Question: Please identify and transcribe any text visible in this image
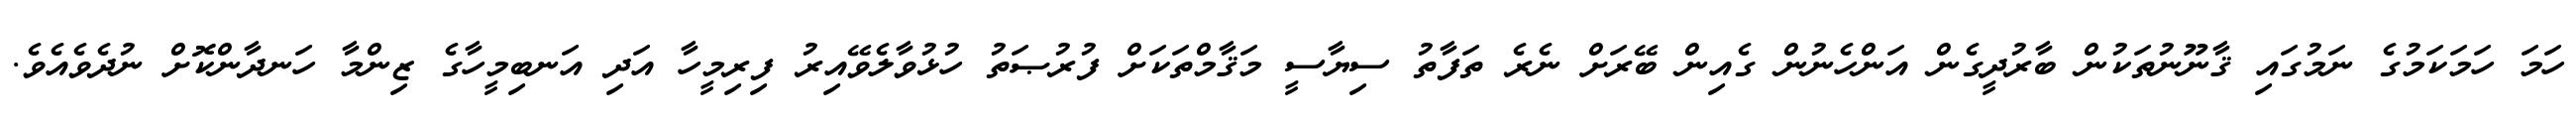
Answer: ހަމަ ހަމަކަމުގެ ނަމުގައި ޤާނޫނުތަކުން ބާރުދީގެން އަންހެނުން ގެއިން ބޭރަށް ނެރެ ތަފާތު ސިޔާސީ މަޤާމްތަކަށް ފުރުޞަތު ހުޅުވާލެވޭއިރު ފިރިމީހާ އަދި އަނބިމީހާގެ ޒިންމާ ހަނދާންކޮށް ނުދެވެއެވެ.